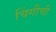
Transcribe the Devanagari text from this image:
चिंगीची